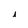
Character: i